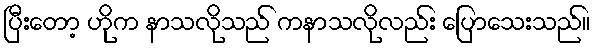
ပြီးတော့ ဟိုက နာသလိုသည် ကနာသလိုလည်း ပြောသေးသည်။